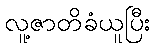
လူ့ဇာတိခံယူပြီး